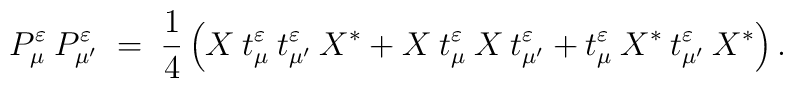
P^\varepsilon_\mu \:P^\varepsilon_{\mu'} \;=\; \frac{1}{4} \left( X\: t^\varepsilon_\mu\: t^\varepsilon_{\mu'} \:X^* + X\: t^\varepsilon_\mu\: X\: t^\varepsilon_{\mu'}+t^\varepsilon_\mu\: X^*\: t^\varepsilon_{\mu'} \:X^* \right).